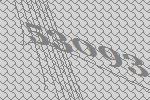
53093